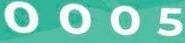
0005